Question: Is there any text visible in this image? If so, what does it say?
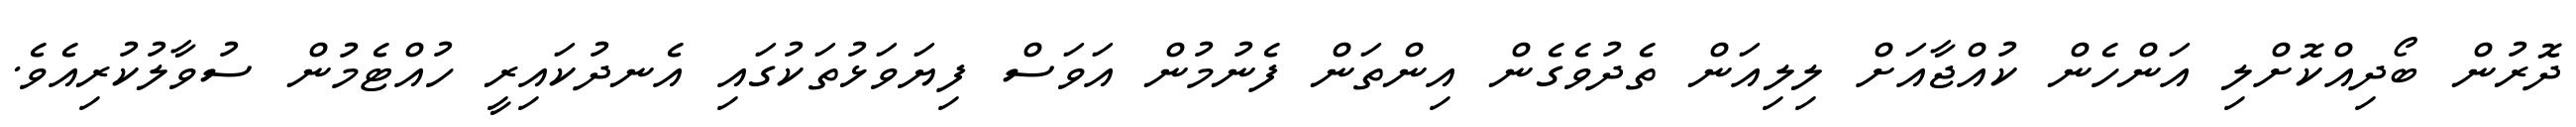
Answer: ދޮރުން ބޯދިއްކޮށްލި އަންހެން ކުއްޖާއަށް ލިލިއަން ތެދުވެގެން އިންތަން ފެނުމުން އަވަސް ފިޔަވަޅުތަކުގައި އެނދުކައިރީ ހުއްޓެމުން ސުވާލުކުރިއެވެ.